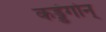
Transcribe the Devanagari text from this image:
कड्डंगोन्